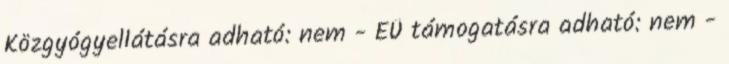
Közgyógyellátásra adható: nem - EÜ támogatásra adható: nem -